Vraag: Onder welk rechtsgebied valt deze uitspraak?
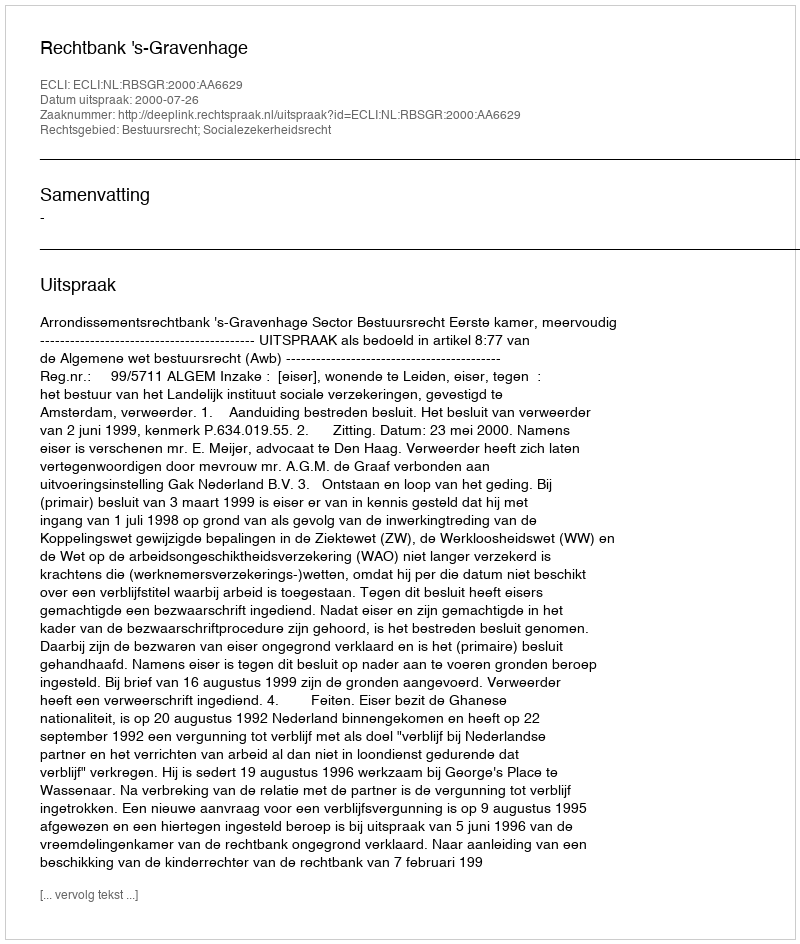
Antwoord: Bestuursrecht; Socialezekerheidsrecht